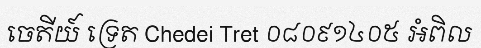
ចេតីយ៍ ទ្រេត Chedei Tret ០៨០៩១៤០៥ អំពិល